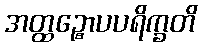
အတ္ထဉ္စောပပရိက္ခတိ